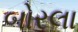
બોરલા